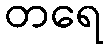
တရေ